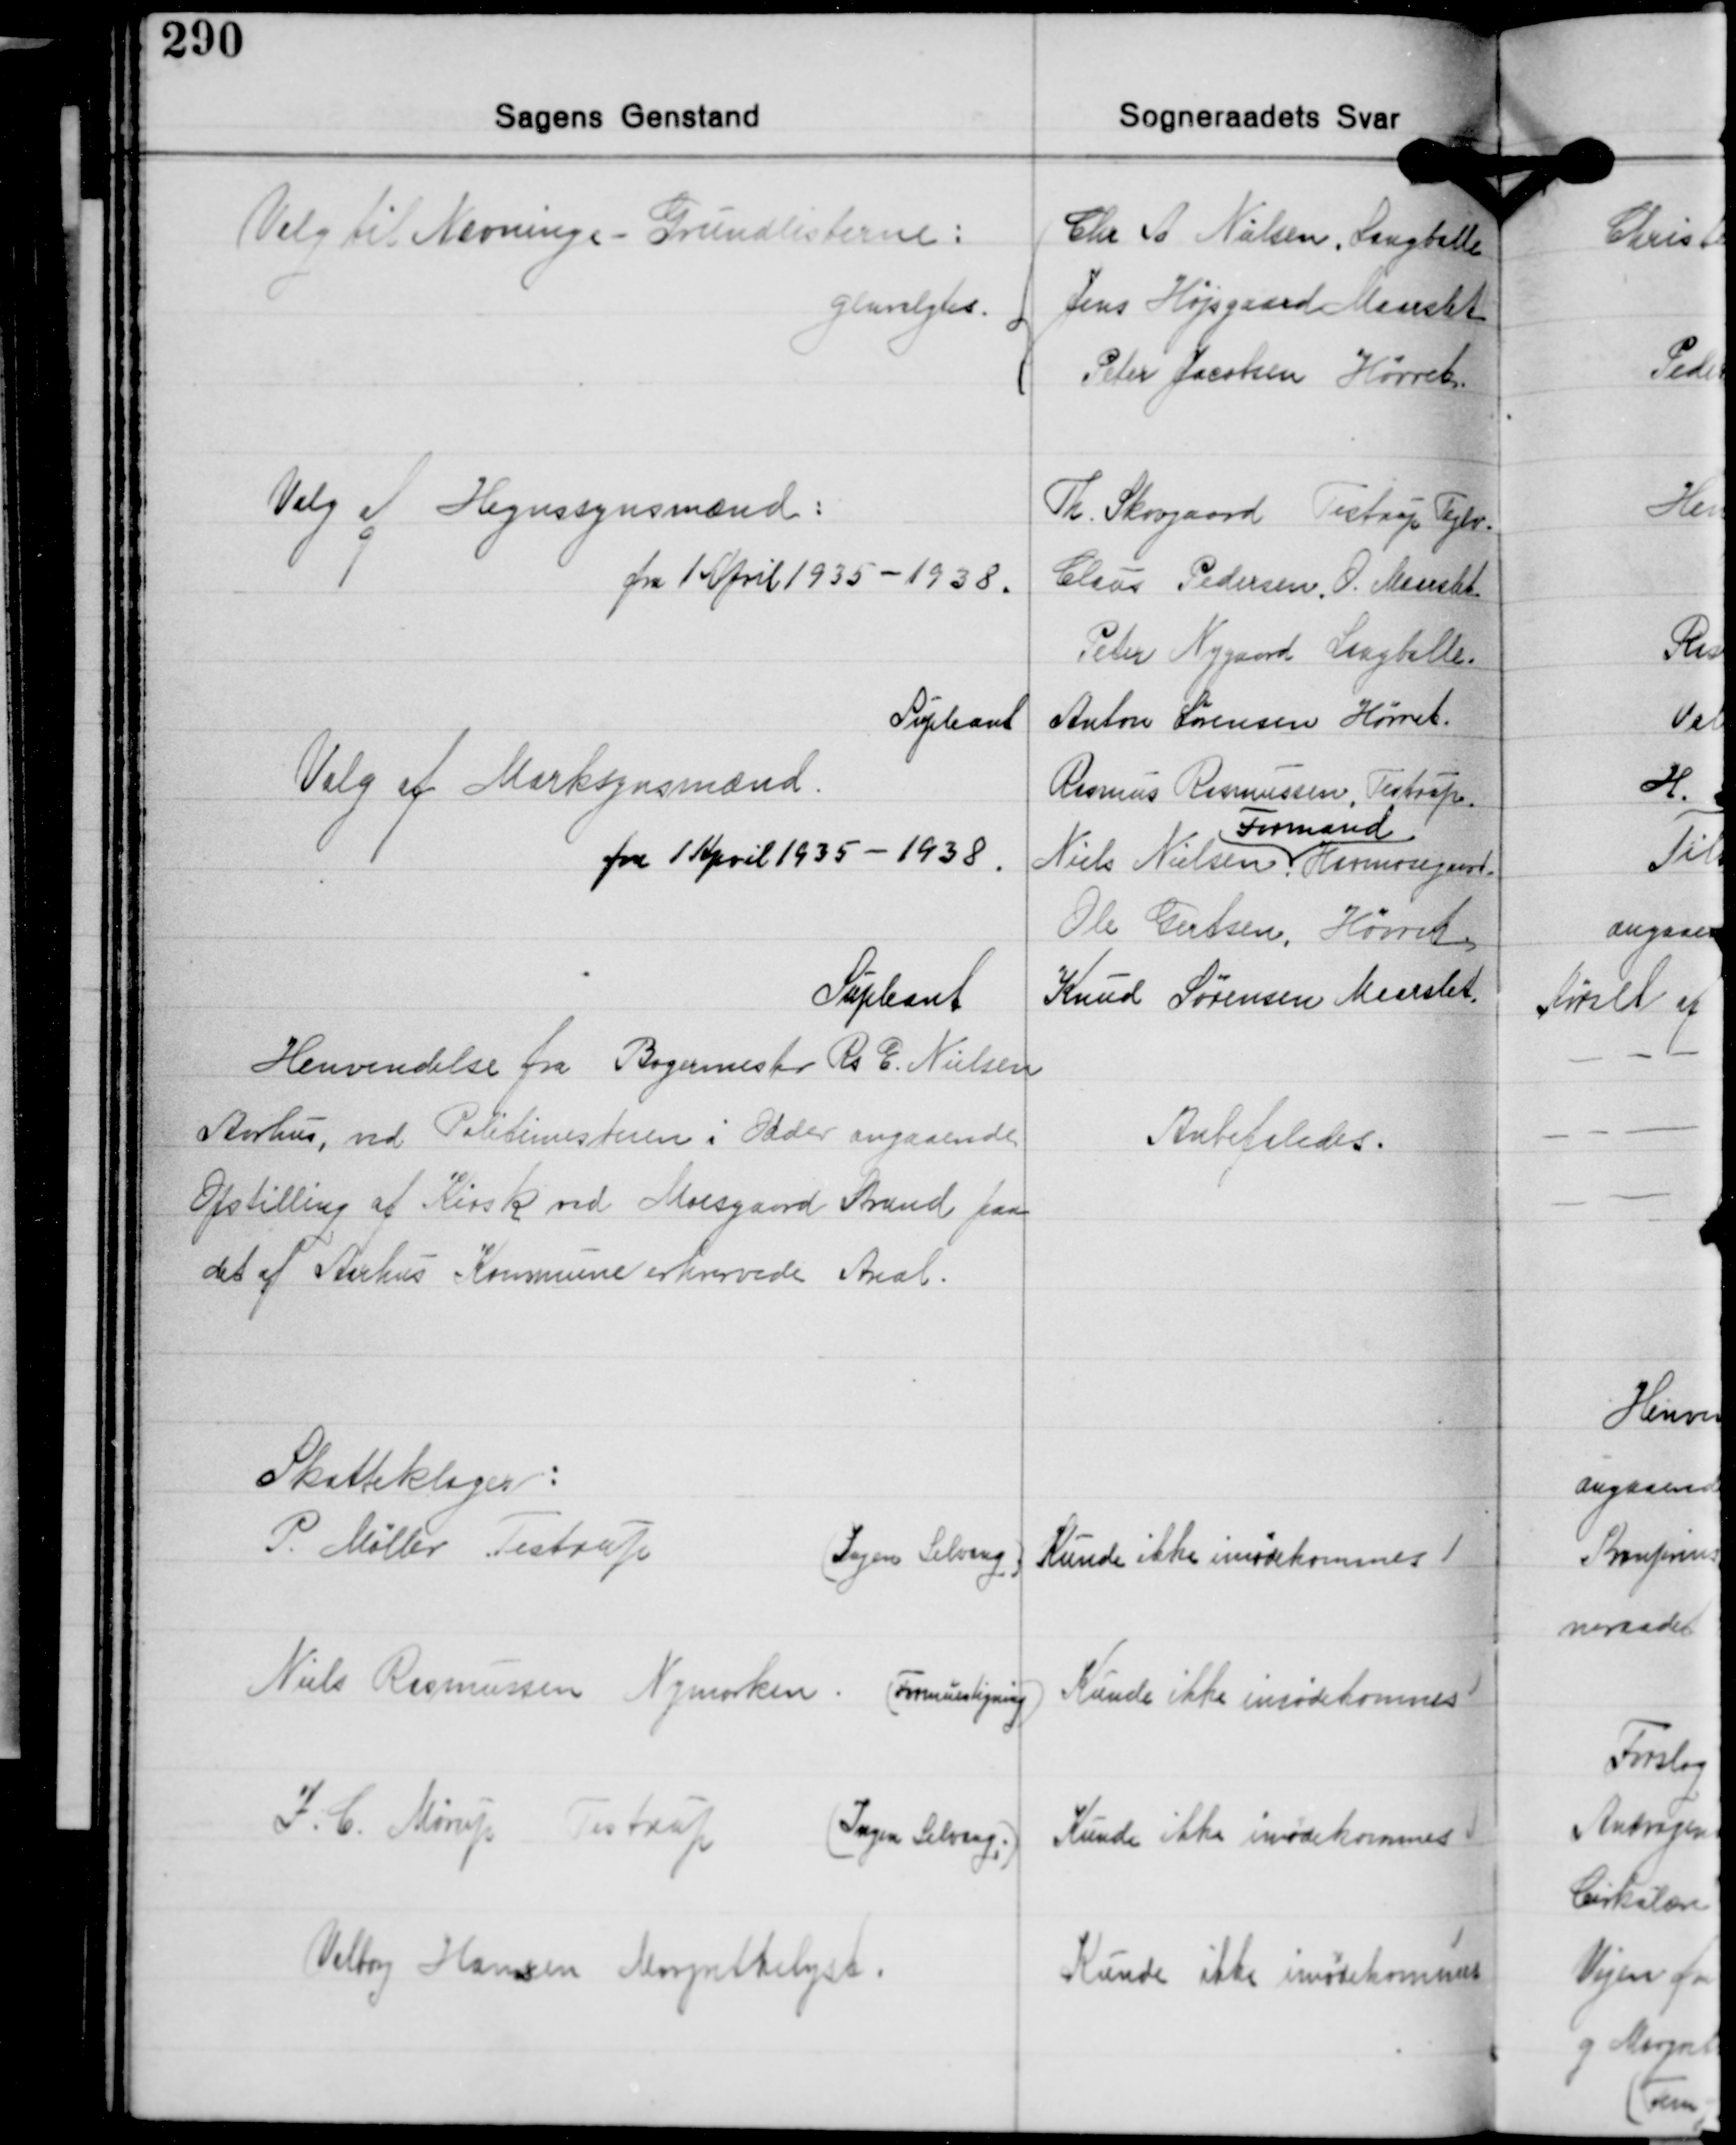
Transskription:
Valg til Nævninge-Grundlisterne:
genvalgtes.

Chr. P. Nielsen, Langballe
Jens Højsgaard Maarslet
Peter Jacobsen Hørret

Valg af Hegnssynsmænd:
fra 1 April 1935-1938.

Th. Skovgaard Testrup Teglv.
Claus Pedersen, O. Maarslet
Peter Nygaard Langballe

Supleant

Anton Sørensen Hørret.

Valg af Marksynsmænd.
fra 1 April 1935 - 1938.

Rasmus Rasmussen, Testrup
Formand
Niels Nielsen Hørmosegaard
Ole Gertsen, Hørret

Supleant

Knud Sørensen Maarslet

Henvendelse fra Bagermester Rs. E. Nielsen
Aarhus, ved Politimesteren i Odder angaaende
Opstilling af Kiosk ved Moesgaard Strand paa
det af Aarhus Kommune erhvervede Aral.

Anbefaledes.

Skatteklager:
P. Møller Testrup
(Ingen Selvang.)

Kunde ikke imødekommes

Niels Rasmussen Nymarken. (Formuesligning)

Kunde ikke imødekommes

J. C. Mørup Testrup (Ingen Selvang.)

Kunde ikke imødekommes

Valborg Hansen Margrethelyst.

Kunde ikke imødekommes